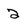
Character: 2